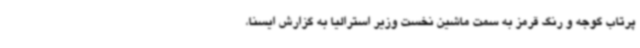
پرتاب گوجه و رنگ قرمز به سمت ماشین نخست وزیر استرالیا به گزارش ایسنا،